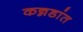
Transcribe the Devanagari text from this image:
कन्नडांत